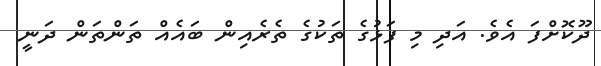
ދޫކޮށްފަ އެވެ. އަދި މި ފަޅުގެ ތަކުގެ ތެރެއިން ބައެއް ތަންތަން ދަނީ